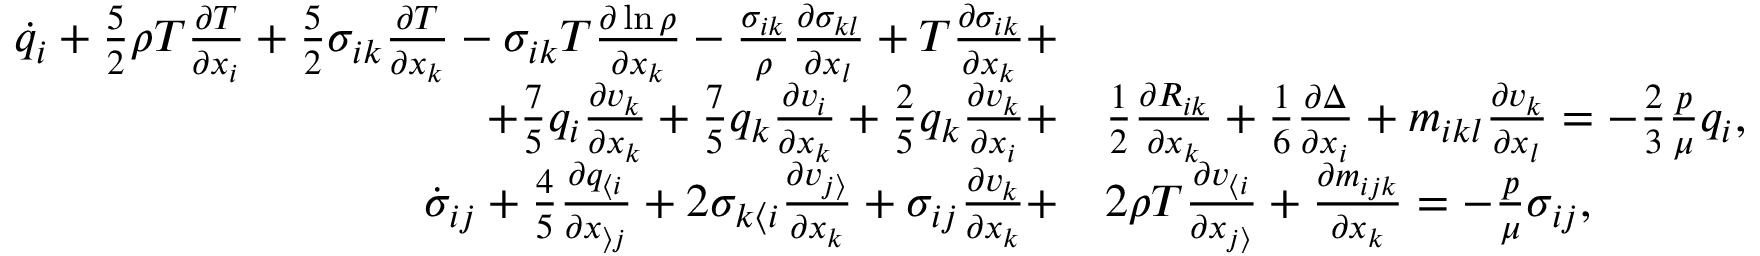
\begin{array} { r l } { \dot { q } _ { i } + \frac { 5 } { 2 } \rho T \frac { \partial T } { \partial x _ { i } } + \frac { 5 } { 2 } \sigma _ { i k } \frac { \partial T } { \partial x _ { k } } - \sigma _ { i k } T \frac { \partial \ln \rho } { \partial x _ { k } } - \frac { \sigma _ { i k } } { \rho } \frac { \partial \sigma _ { k l } } { \partial x _ { l } } + T \frac { \partial \sigma _ { i k } } { \partial x _ { k } } + } & { } \\ { + \frac { 7 } { 5 } q _ { i } \frac { \partial v _ { k } } { \partial x _ { k } } + \frac { 7 } { 5 } q _ { k } \frac { \partial v _ { i } } { \partial x _ { k } } + \frac { 2 } { 5 } q _ { k } \frac { \partial v _ { k } } { \partial x _ { i } } + } & { \frac { 1 } { 2 } \frac { \partial R _ { i k } } { \partial x _ { k } } + \frac { 1 } { 6 } \frac { \partial \Delta } { \partial x _ { i } } + m _ { i k l } \frac { \partial v _ { k } } { \partial x _ { l } } = - \frac { 2 } { 3 } \frac { p } { \mu } q _ { i } , } \\ { \dot { \sigma } _ { i j } + \frac { 4 } { 5 } \frac { \partial q _ { \langle i } } { \partial x _ { \rangle j } } + 2 \sigma _ { k \langle i } \frac { \partial v _ { j \rangle } } { \partial x _ { k } } + \sigma _ { i j } \frac { \partial v _ { k } } { \partial x _ { k } } + } & { 2 \rho T \frac { \partial v _ { \langle i } } { \partial x _ { j \rangle } } + \frac { \partial m _ { i j k } } { \partial x _ { k } } = - \frac { p } { \mu } \sigma _ { i j } , } \end{array}